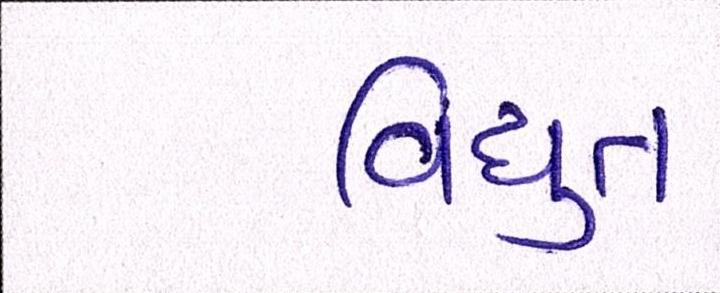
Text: વિધુત